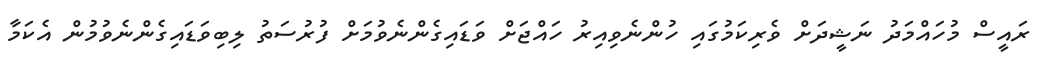
ރައީސް މުހައްމަދު ނަޝީދަށް ވެރިކަމުގައި ހުންނެވިއިރު ހައްޖަށް ވަޑައިގެންނެވުމަށް ފުރުސަތު ލިބިވަޑައިގެންނެވުމުން އެކަމާ